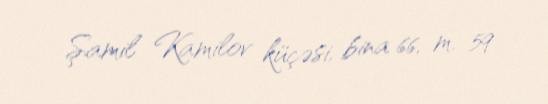
Şamil Kamilov küçəsi, bina 66, m. 59